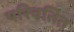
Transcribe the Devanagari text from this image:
परिवतित